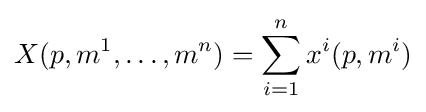
X(p,m^{1},\dots ,m^{n})=\sum _{i=1}^{n}x^{i}(p,m^{i})